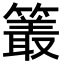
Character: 𮆜